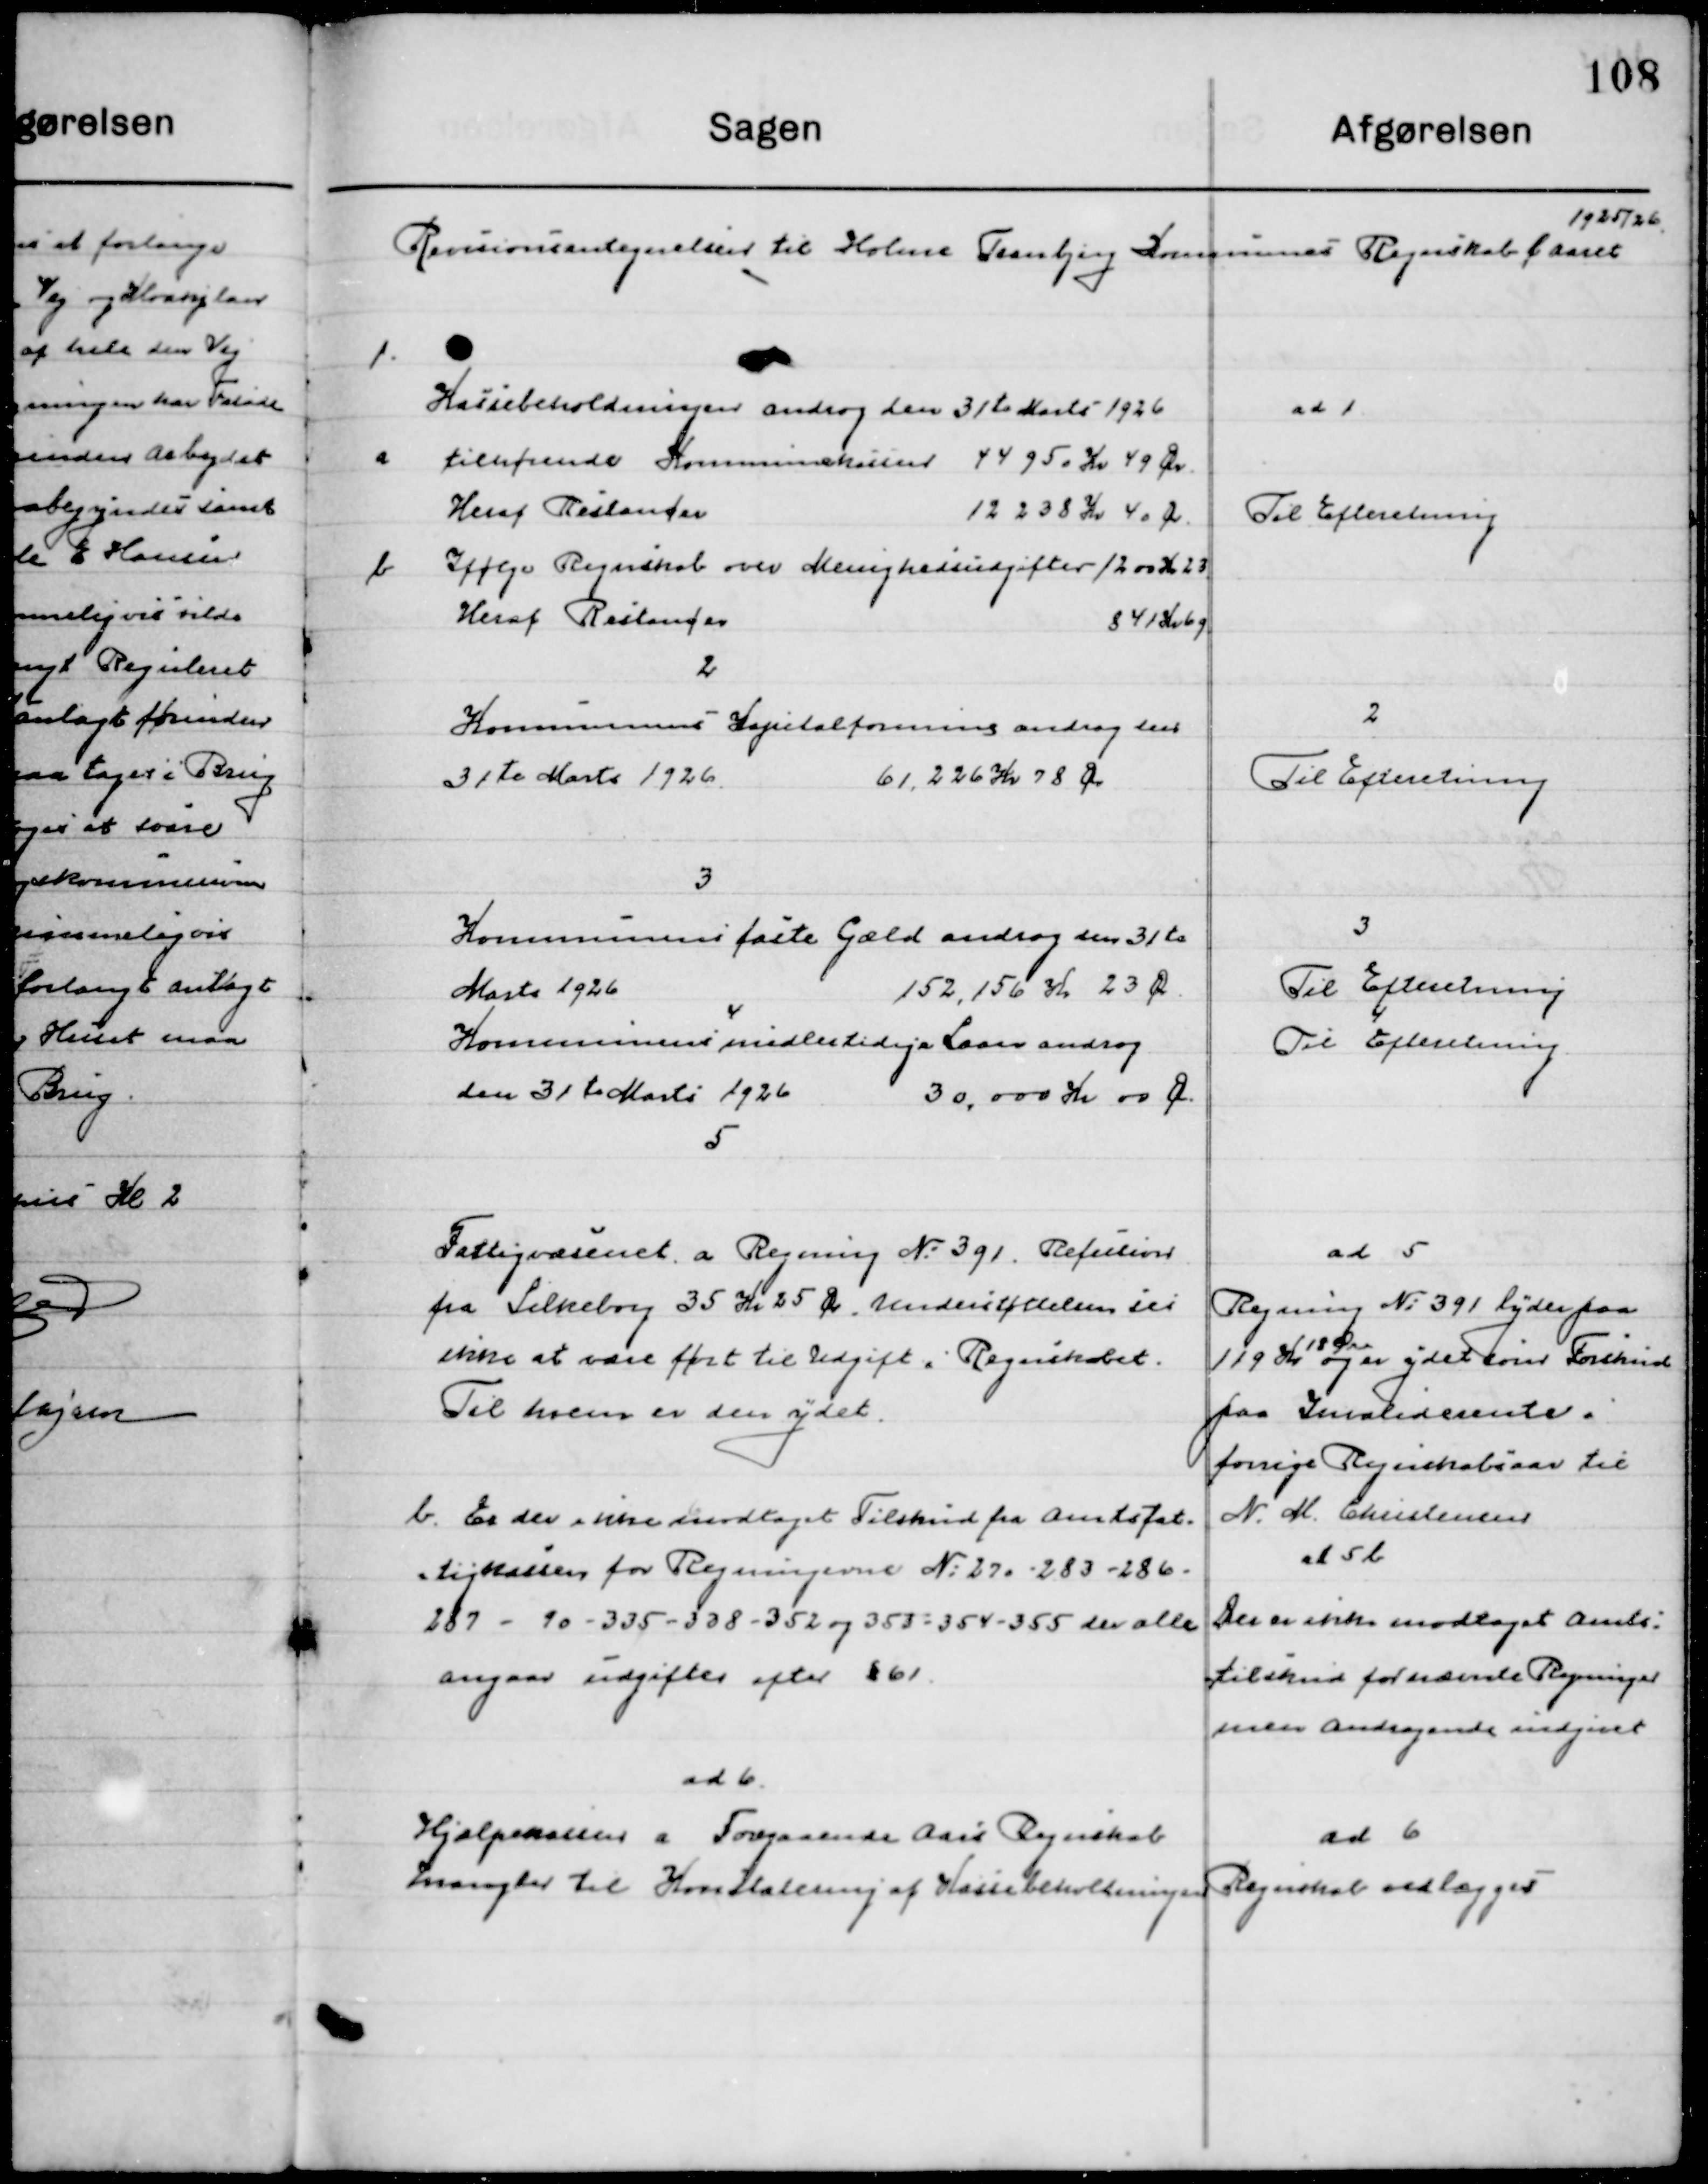
Transskription:
Revisionsantegnelse til Holme Tranbjerg Kommunes Regnskab f. Aaret 
1925/26

1

Kassebeholdningen androg den 31te Marts 1926

a

Tilhørende Kommunekassen 44950 Kr. 49 Øre	 	
Heraf Restancer                      12238 Kr. 40 Øre

b

Ifølge Regnskab over Menighedsudgifter 1200 Kr. 23 Øre	
Heraf Restancer                                            841 Kr. 69 Øre

ad 1
Til Efterretning

2
Kommunens Kapitalforening androg den 
31te Marts 1926 61.226 Kr. 78 Øre

2
Til Efterretning

3                	
Kommunens faste Gæld androg den 31te 
Marts 1926 152.156 Kr. 23 Øre

3
Til Efterretning

4
Kommunens midlertidige Laan androg 
den 31te Marts 1926 30.000 Kr. 00 Øre

4
Til Efterretning

5
Fattigvæsenet a. regning No. 391. Refusion
Fra Silkeborg 35 Kr. 25 Øre. Understøttelsen ses
Ikke at være ført til Udgift i Regnskabet.
Til hvem er den ydet.

ad 5
Regning No. 391 lyder paa
119 Kr. 18 Øre og er ydet som Forskud
paa Invalide rente i
Forrige Regnskabsaar til
N. M. Christensen

b

Er der ikke modtaget Tilskud fra Amtsfat-
tigkassen for Regningerne No. 270 – 283 – 286
287 – 90 – 335 – 338 – 352 og 353 = 354 – 355 
der alle angaar udgifter efter § 61.

ad 5 b
Der er ikke modtaget Amts-
tilskud for nævnte Regninger
men andragende indgaaet

ad 6
Hjælpekassen af Foregaaende Aars Regnskab
mangler til Konstatering af Kassebeholdningen

ad 6
Regnskab vedlægges